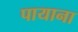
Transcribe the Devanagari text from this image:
पायाना